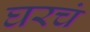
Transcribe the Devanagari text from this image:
घरचं